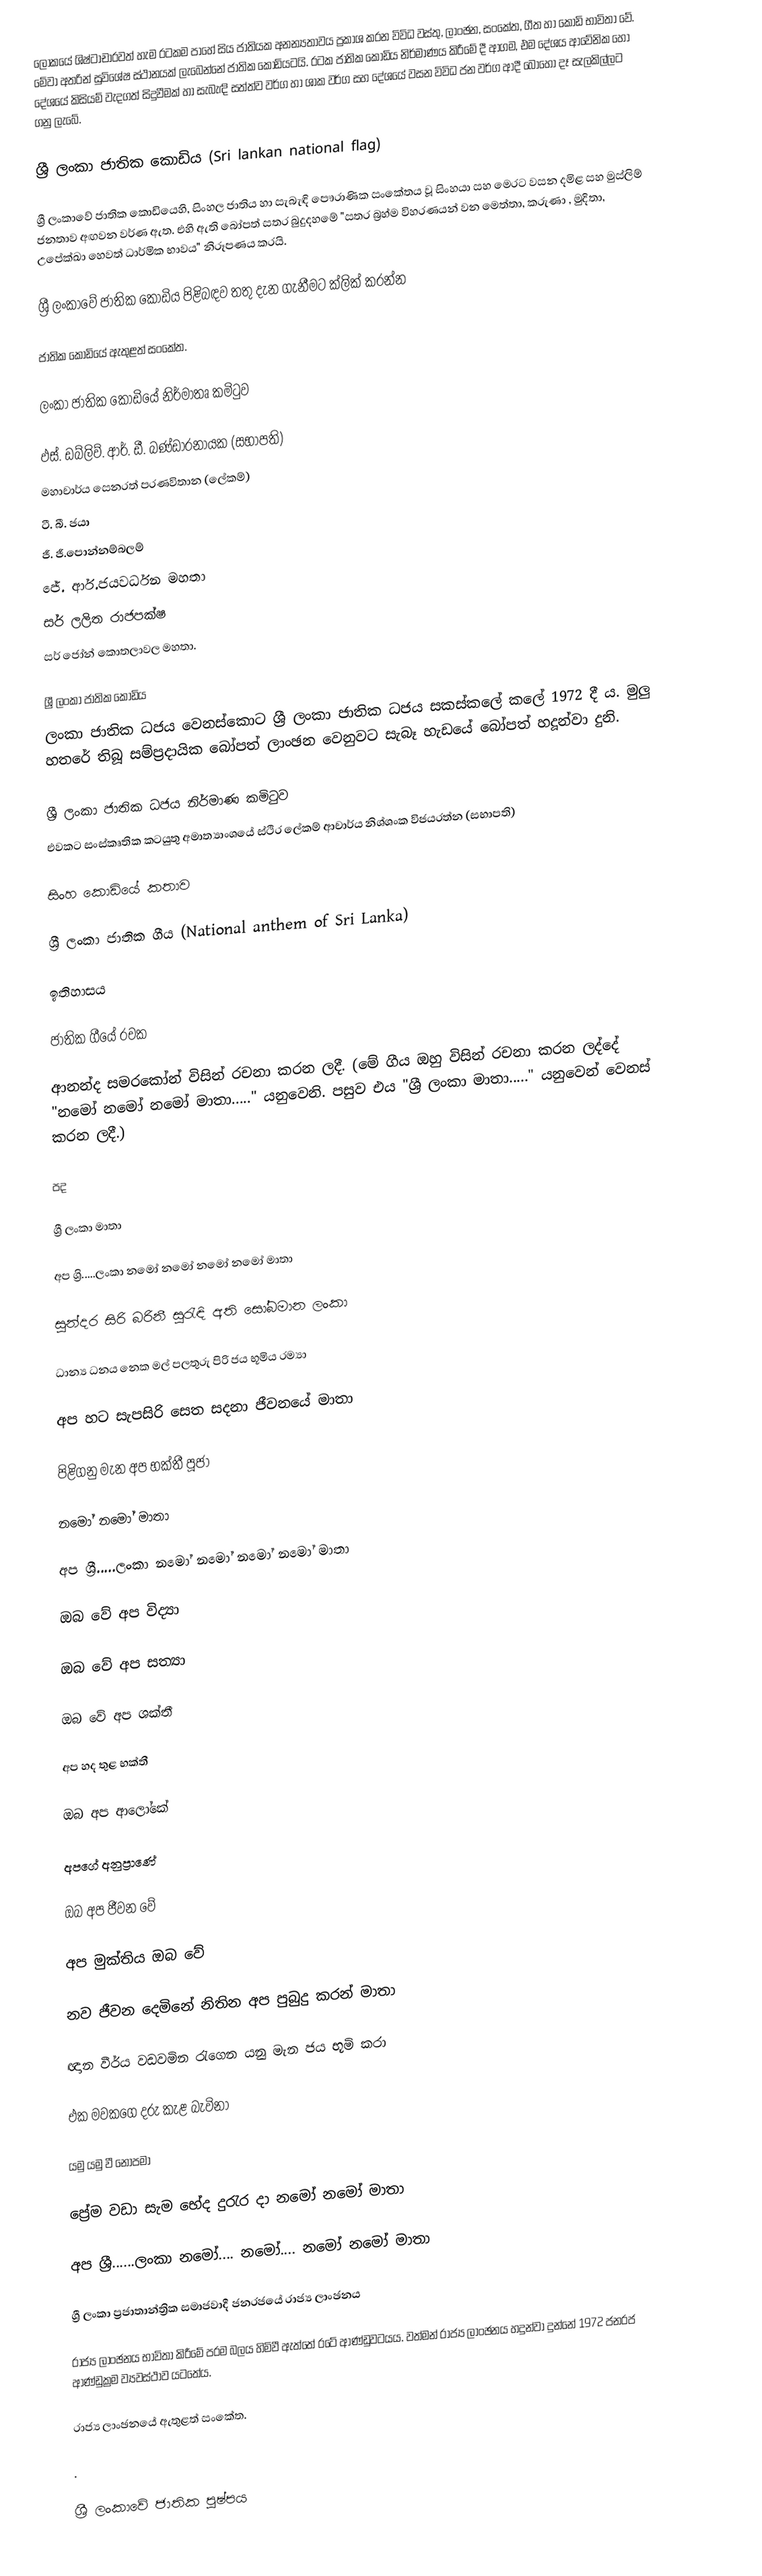
ලෝකයේ ශිෂ්ටාචාරවත් හැම රටකම පාහේ සිය ජාතියක අනන්‍යතාවය ප්‍රකාශ කරන විවිධ වස්තු, ලාංඡන, සංකේත, ගීත හා කොඩි භාවිතා වේ. මේවා අතරින් සුවි‍‍ශේෂ ස්ථානයක් ලැබෙන්නේ ජාතික කොඩියටයි. රටක ජාතික කොඩිය නිර්මාණය කිරීමේ දී ආගම, එම දේශය ආවේනික හෝ දේශයේ කිසියම් වැදගත් සිදුවීමක් හා සැබැඳි සත්ත්ව වර්ග හා ශාක වර්ග සහ දේශයේ වසන විවිධ ජන වර්ග ආදී බොහෝ දෑ සැලකිල්ලට ගනු ලැබේ.

ශ්‍රී ලංකා ජාතික කොඩිය (Sri lankan national flag)

ශ්‍රී ලංකාවේ ජාතික කොඩියෙහි, සිංහල ජාතිය හා සැබැඳි පෞරාණික සංකේතය වූ සිංහයා සහ මෙරට වසන දමිළ සහ මුස්ලිම් ජනතාව අඟවන වර්ණ ඇත. එහි ඇති බෝපත් සතර බුදුදහමේ "සතර බ්‍රහ්ම විහරණයන් වන මෙත්තා, කරුණා , මුදිතා, උපේක්ඛා හෙවත් ධාර්මික භාවය" නිරූපණය කරයි.

ශ්‍රී ලංකාවේ ජාතික කොඩිය පිළිබඳව තතු දැන ගැනීමට ක්ලික් කරන්න

ජාතික කොඩියේ ඇතුළත් සංකේත.

ලංකා ජාතික කොඩියේ නිර්මාතෘ කමිටුව

 ඵස්. ඩබ්ලිව්. ආර්. ඩී. බණ්ඩාරනායක (සභාපති)
 මහාචාර්ය සෙනරත් පරණවිතාන (ලේකම්)
 ටී. බී. ජයා
 ජී. ජී.පොන්නම්බලම්
 ජේ. ආර්.ජයවර්ධන මහතා
 සර් ලලිත රාජපක්ෂ
 සර් ජෝන් කොතලාවල මහතා.

ශ්‍රී ලංකා ජාතික කොඩිය
ලංකා ජාතික ධජය වෙනස්කොට ශ්‍රී ලංකා ජාතික ධජය සකස්කලේ කලේ 1972 දී ය. මුලු හතරේ  තිබූ සම්ප්‍රදායික බෝපත් ලාංඡන වෙනුවට සැබෑ හැඩයේ බෝපත් හදූන්වා දුනි.

ශ්‍රී ලංකා ජාතික ධජය නිර්මාණ කමිටුව
 එවකට සංස්කෘතික කටයුතු අමාත්‍යාංශයේ ස්ථිර ලේකම් ආචාර්ය නිශ්ශංක විජයරත්න (සභාපති)

 සිංහ කොඩියේ කතාව

ශ්‍රී ලංකා ජාතික ගීය (National anthem of Sri Lanka)

ඉතිහාසය

ජාතික ගීයේ රචක

	ආනන්ද සමරකෝන් විසින් රචනා කරන ලදී. (මේ ගීය ඔහු විසින් රචනා කරන ලද්දේ "නමෝ නමෝ නමෝ මාතා....." යනුවෙනි. පසුව එය "ශ්‍රී ලංකා මාතා....." යනුවෙන් වෙනස් කරන ලදී.)

පද

	ශ්‍රී ලංකා මාතා

	අප ශ්‍රි.....ලංකා නමෝ නමෝ නමෝ නමෝ මාතා

	සුන්දර සිරි බරිනී සුරැඳි අති සෝබමාන ලංකා

	ධාන්‍ය ධනය නෙක මල් පලතුරු පිරි ජය භූමිය රම්‍යා

	අප හට සැපසිරි සෙත සදනා ජීවනයේ මාතා

	පිළිගනු මැන අප භක්තී පූජා

	නමෝ නමෝ මාතා

	අප ශ්‍රී.....ලංකා නමෝ නමෝ නමෝ නමෝ මාතා

	ඔබ වේ අප විද්‍යා

	ඔබ වේ අප සත්‍යා

	ඔබ වේ අප ශක්තී

	අප හද තුළ භක්තී

	ඔබ අප ආලෝකේ

	අපගේ අනුප්‍රාණේ

	ඔබ අප ජීවන වේ

	අප මුක්තිය ඔබ වේ

	නව ජීවන දෙමිනේ නිතින අප පුබුදු කරන් මාතා

	ඥාන වීර්ය වඩවමින රැගෙන යනු මැන ජය භූමි කරා

	එක මවකගෙ දරු කැළ බැවිනා

	යමු යමු වී නොපමා

	ප්‍රේම වඩා සැම භේද දුරැර දා නමෝ නමෝ මාතා

	අප ශ්‍රී......ලංකා නමෝ.... නමෝ.... නමෝ නමෝ මාතා

ශ්‍රී ලංකා ප්‍රජාතාන්ත්‍රික සමාජවාදී ජනරජයේ රාජ්‍ය ලාංඡනය

රාජ්‍ය ලාංඡනය භාවිතා කිරීමේ පරම බලය හිමිවී ඇත්‍‍තේ රටේ ආණ්ඩුවටයය. වත්මන් රාජ්‍ය ලාංඡනය හදුන්වා දුන්නේ 1972 ජනරජ ආණ්ඩුක්‍රම ව්‍යවස්ථාව යටතේය.

රාජ්‍ය ලාංඡනයේ ඇතුළත් සංකේත.

.

ශ්‍රී ලංකාවේ ජාතික පුෂ්පය